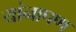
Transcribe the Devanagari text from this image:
यांनापण